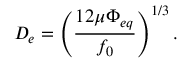
D _ { e } = \left( \frac { 1 2 \mu \Phi _ { e q } } { f _ { 0 } } \right) ^ { 1 / 3 } .